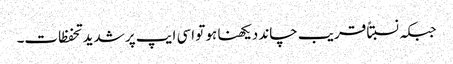
جبکہ نسبتاً قریب چاند دیکھنا ہو تو اسی ایپ پر شدید تحفظات۔